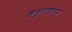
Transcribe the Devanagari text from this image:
शत्रुनाशनम्